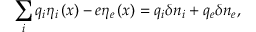
\sum _ { i } q _ { i } \eta _ { i } \left( x \right) - e \eta _ { e } \left( x \right) = q _ { i } \delta n _ { i } + q _ { e } \delta n _ { e } ,